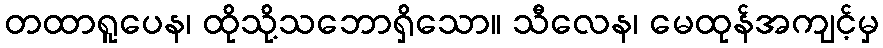
တထာရူပေန၊ ထိုသို့သဘောရှိသော။ သီလေန၊ မေထုန်အကျင့်မှ